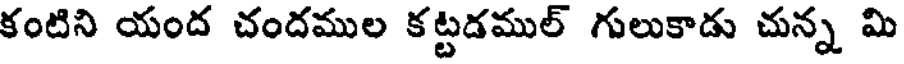
కంటిని యంద చందముల కట్టడముల్ గులుకాడు చున్న మి